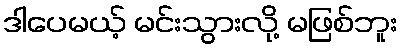
ဒါပေမယ့် မင်းသွားလို့ မဖြစ်ဘူး